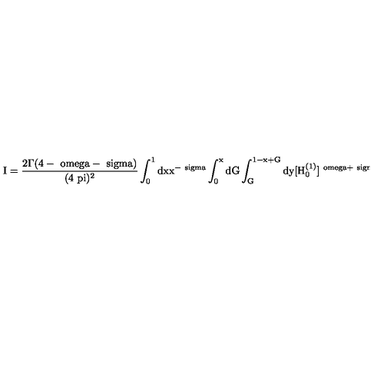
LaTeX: \mathrm { I = \frac { 2 \Gamma ( 4 - \ o m e g a - \ s i g m a ) } { ( 4 \ p i ) ^ { 2 } } \int _ { 0 } ^ { 1 } d x x ^ { - \ s i g m a } \int _ { 0 } ^ { x } d G \int _ { G } ^ { 1 - x + G } d y [ H _ { 0 } ^ { ( 1 ) } ] ^ { \ o m e g a + \ s i g m a - 4 } + F . T . }